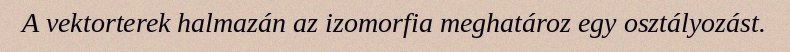
A vektorterek halmazán az izomorfia meghatároz egy osztályozást.